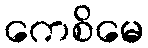
ကေစိမေ